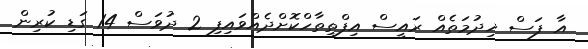
އާ ފަސް ޚިދުމަތެއް ރައީސް އިފްތިތާހްކޮށްދެއްވައިފި 2 ދުވަސް 14 ގަޑި ކުރިން